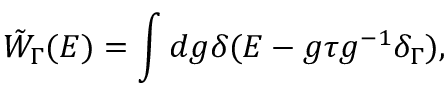
\tilde { W } _ { \Gamma } ( E ) = \int d g \delta ( E - g \tau g ^ { - 1 } \delta _ { \Gamma } ) ,